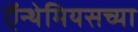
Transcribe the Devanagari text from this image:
ऍन्थेमियसच्या